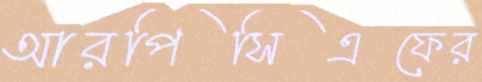
আরপিসিএফের